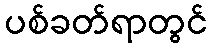
ပစ်ခတ်ရာတွင်